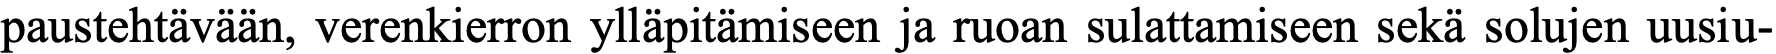
paustehtävään, verenkierron ylläpitämiseen ja ruoan sulattamiseen sekä solujen uusiu-